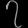
Digit: ၇